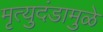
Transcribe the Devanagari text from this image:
मृत्युदंडामुळे